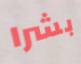
بشرا